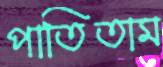
পাতিতাম